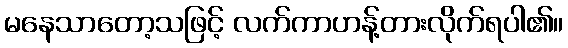
မနေသာတော့သဖြင့် လက်ကာဟန့်တားလိုက်ရပါ၏။